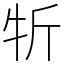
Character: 㸫